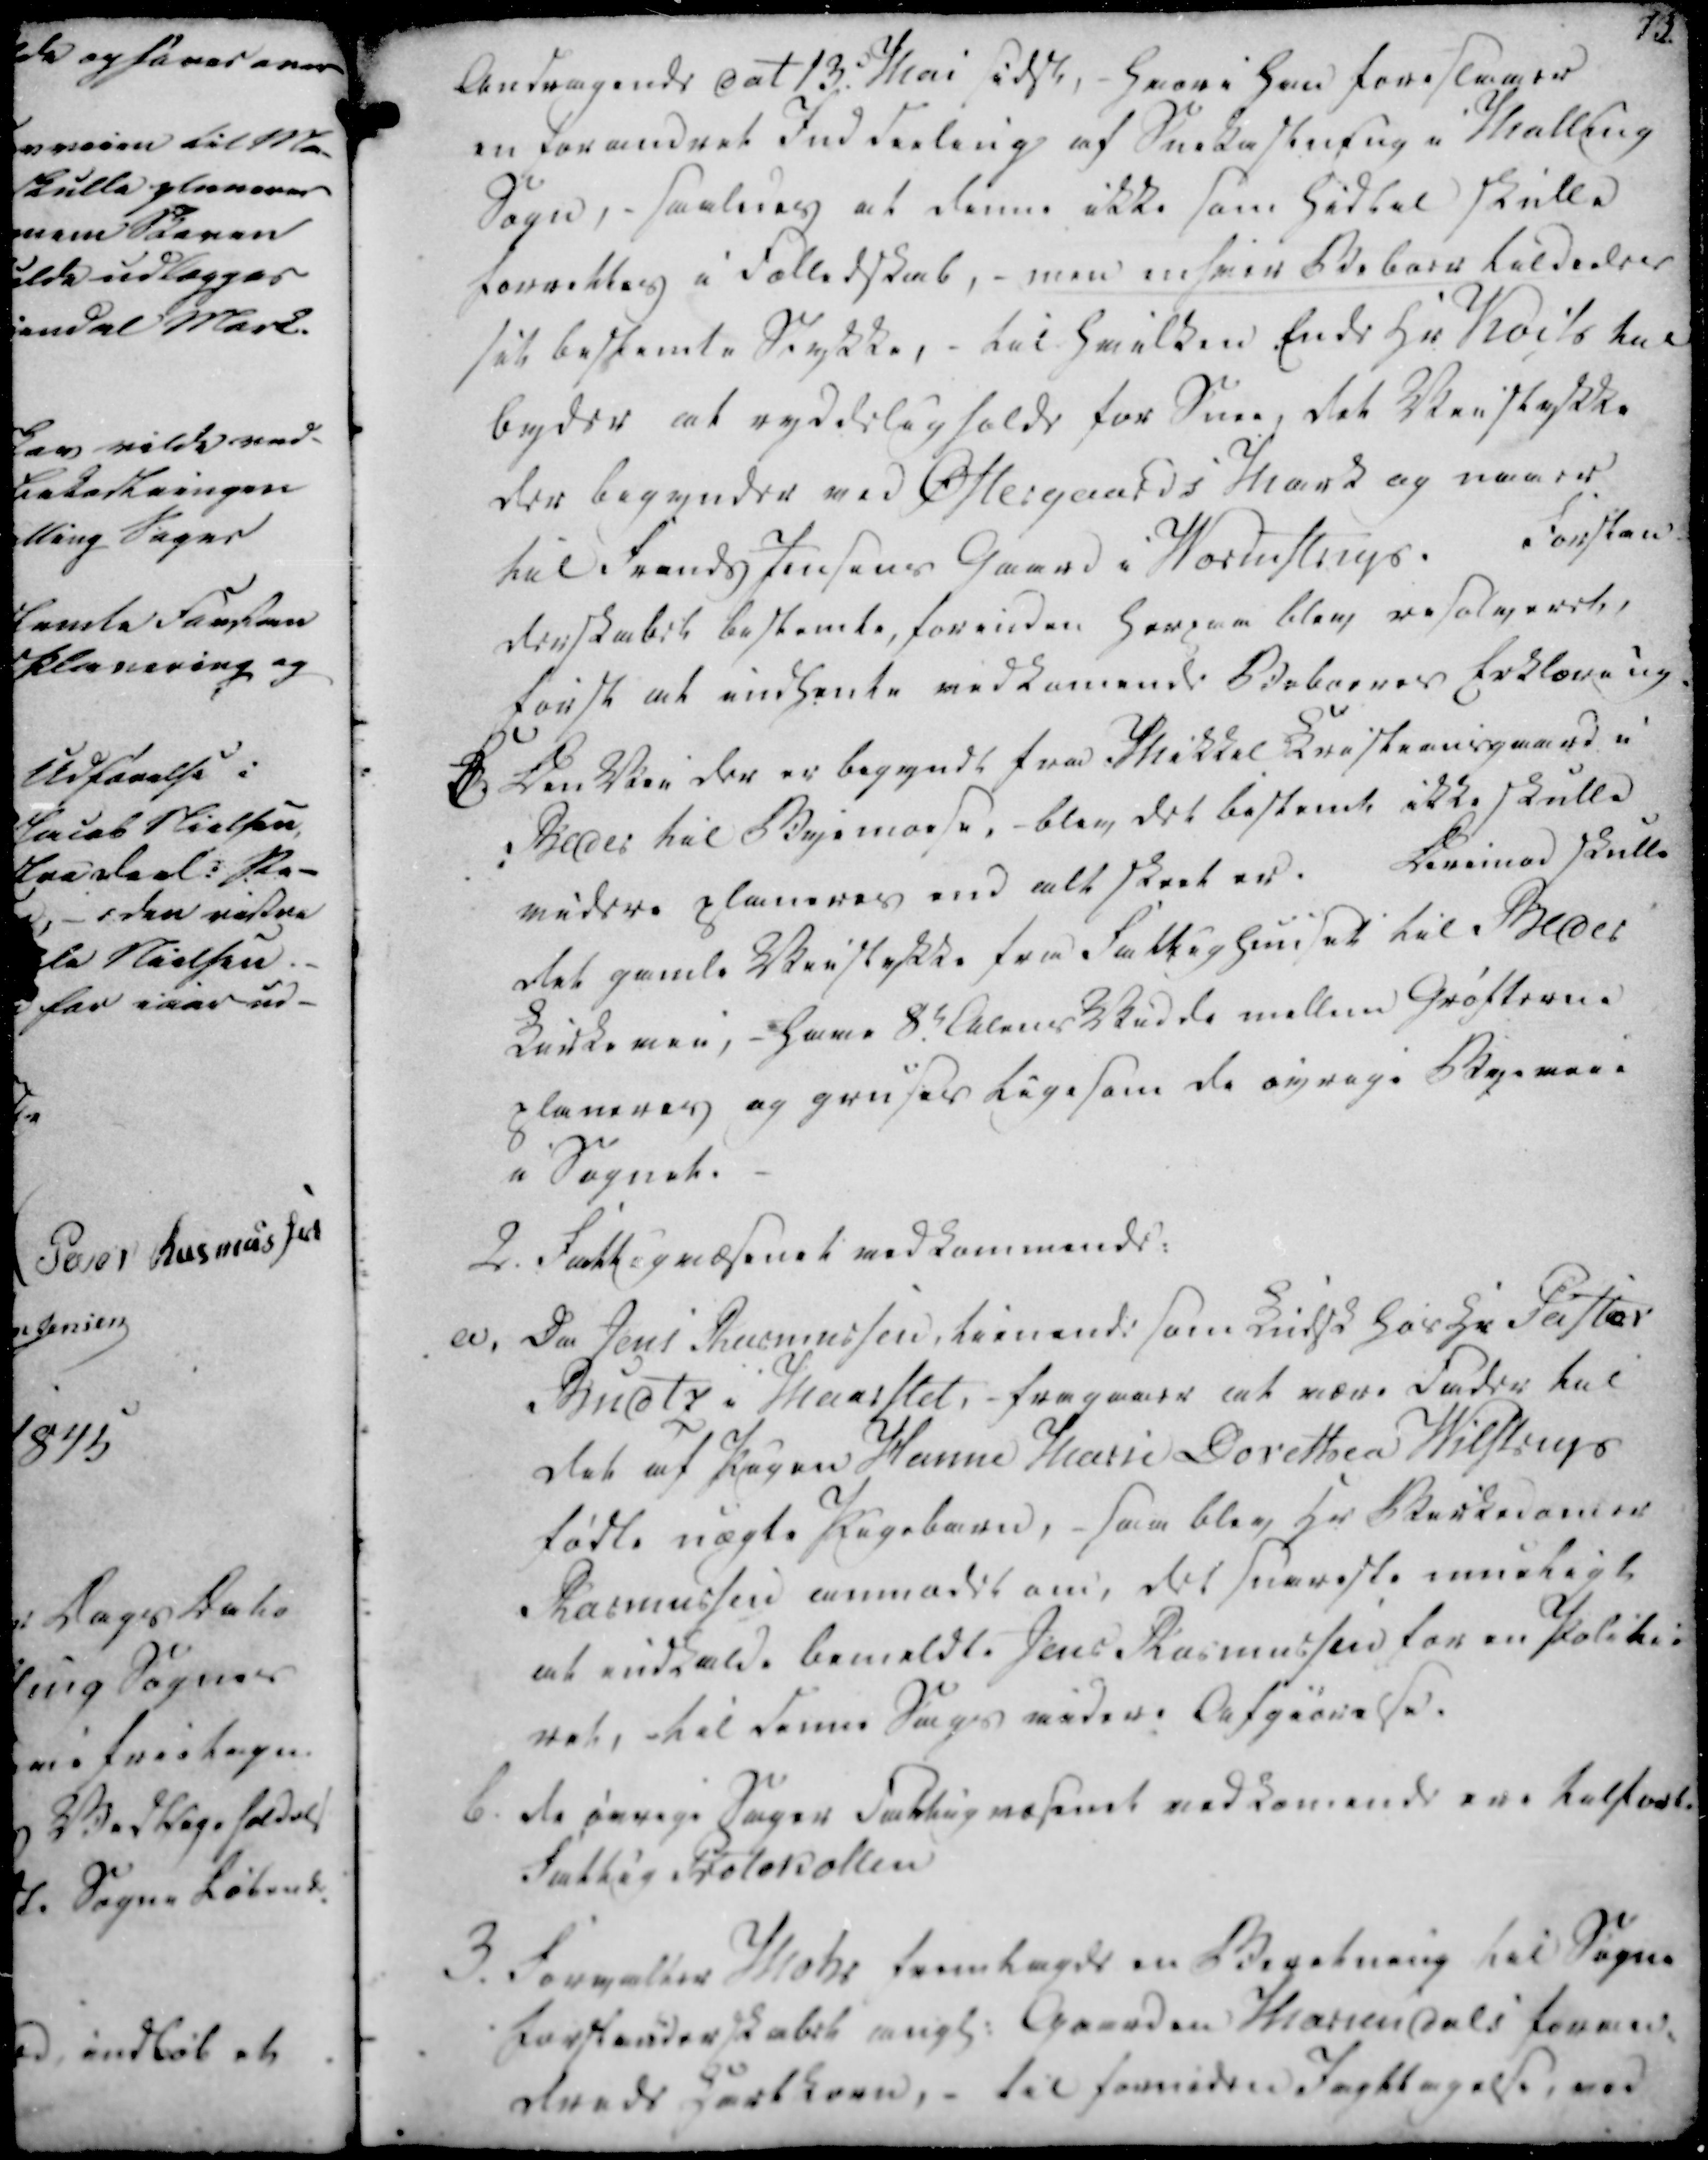
Transskription:
Andragende Dat 13. Mai sidst, - Hvori Han foreslager
en forandret Inddeling af Snekastning i Malling
Sogn, - saaledes at denne ikke som Hidtil skulle
forrettes i Fælledskab, - men enhver Beboer tildeeles
sit bestemte Stykke, - til Hvilken Ende Hr. Koits kal
byder at ryddelig holde for Snee, det Veistykke
der begynder ved Østergaards Mark og naaer
til Frands Jensens Gaard i Wormstrups. Forstan
derskabet bestemte, forinden Herpaa blev resolveret,
først at indhente vedkomende Beboeres Erklæring.

B

Den Vei der er begyndt fra Mikkel Kristriansgaard i
Beder til Byemose, - blev det bestemt ikke skulle
videre planeres end alt skeet er. Derimod skulle
det gamle Veistykke fra Fattighuuset til Beder
Kirkevei, - Have 8e Alens skudde mellem Grøfterne
planeres og gruses ligesom de øvrige Byeveie
i Sognet.

2.

Fattigvæsenet vedkommende:

a.

Da Jens Rasmussen, tienende som sidste Hos Hr. Pastor
Budts i Maarslet, - fragaaer at være Fader til
det af Skagen Hanne Marie Dorothea Wilstrups
fødte uægte Pigebarn, - som blev Hr. Berkedomer
Rasmussen anmodet om, det snareste mueligt
at indkalde bemeldte Jens Rasmussen for en Skolebe-
ret, til denne Sags videre Afgiørelse.

b.

de øvrige Sager Fattigvæsenet vedkomende ere tilført
Fattig Protokollen

3.

Forvalter Mohr fremlagde en Beretning til Sogne
forstanderskabet ange: Gaarden Mariendals formed-
dreds Hartkorn, - til fornøden Iagttagelse, ved